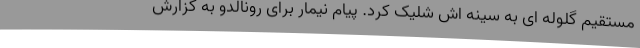
مستقیم گلوله ای به سینه اش شلیک کرد. پیام نیمار برای رونالدو به گزارش